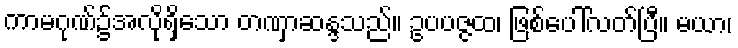
ကာမဂုဏ်၌အလိုရှိသော တဏှာဆန္ဒသည်။ ဥပပဇ္ဇထ၊ ဖြစ်ပေါ်လတ်ပြီ။ မယာ၊